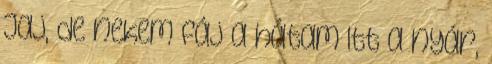
Jaj, de nekem fáj a hátam Itt a nyár,